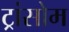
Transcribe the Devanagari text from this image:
ट्रांसोम